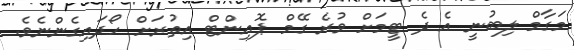
މަގާމް ލިބުނީ އެ ދެ ޓީމަށް ވުރެ ގޭމް ޕޮއިންޓް އިތުރަށް ހޯދައިގެންނެވެ.